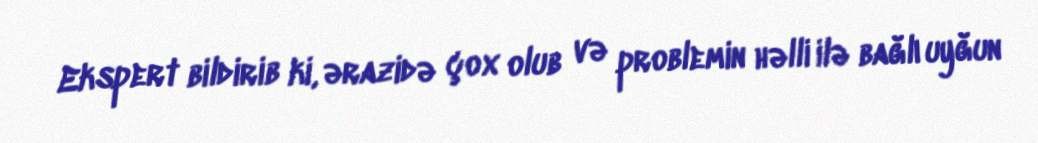
Ekspert bildirib ki, ərazidə çox olub və problemin həlli ilə bağlı uyğun